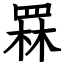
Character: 罧